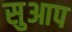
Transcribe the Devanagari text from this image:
सुआप